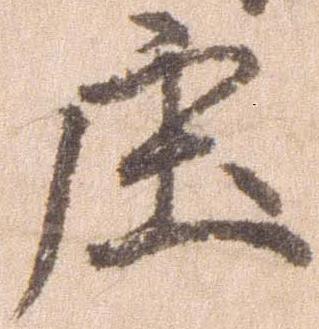
庄